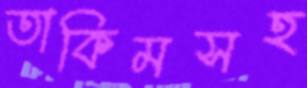
তাকিমসহ